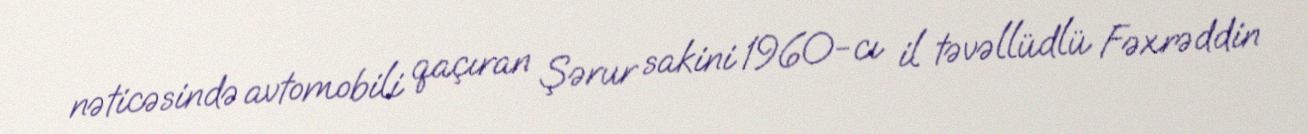
nəticəsində avtomobili qaçıran Şərur sakini 1960-cı il təvəllüdlü Fəxrəddin